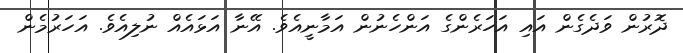
ދޮރުން ވަދެގެން އައި އަހަރެންގެ އަންހެނުން އަމާނީއެވެ. އޭނާ އަޅައެއް ނުލިއެވެ. އަހަރުމެން